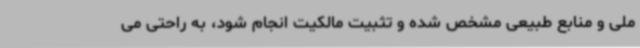
ملی و منابع طبیعی مشخص شده و تثبیت مالکیت انجام شود، به راحتی می‌